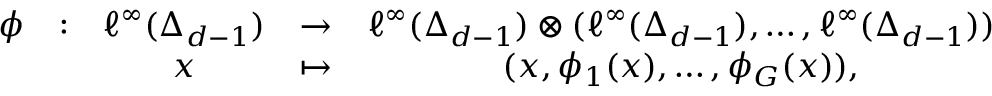
\begin{array} { c c c c c } { \phi } & { : } & { \ell ^ { \infty } ( \Delta _ { d - 1 } ) } & { \to } & { \ell ^ { \infty } ( \Delta _ { d - 1 } ) \otimes ( \ell ^ { \infty } ( \Delta _ { d - 1 } ) , \dots , \ell ^ { \infty } ( \Delta _ { d - 1 } ) ) } \\ & & { x } & { \mapsto } & { ( x , \phi _ { 1 } ( x ) , \dots , \phi _ { G } ( x ) ) , } \end{array}